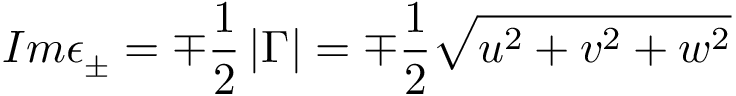
I m \epsilon _ { \pm } = \mp \frac 1 2 \left| \Gamma \right| = \mp \frac 1 2 \sqrt { u ^ { 2 } + v ^ { 2 } + w ^ { 2 } }